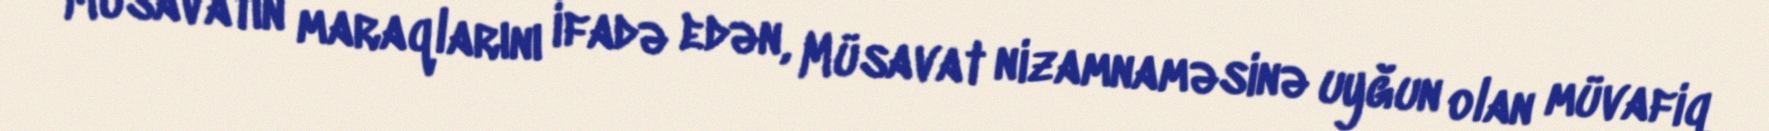
Müsavatın maraqlarını ifadə edən, Müsavat nizamnaməsinə uyğun olan müvafiq